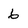
Character: 6